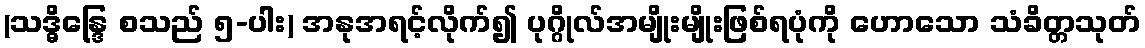
(သဒ္ဓိန္ဒြေ စသည် ၅-ပါး) အနုအရင့်လိုက်၍ ပုဂ္ဂိုလ်အမျိုးမျိုးဖြစ်ရပုံကို ဟောသော သံခိတ္တသုတ်